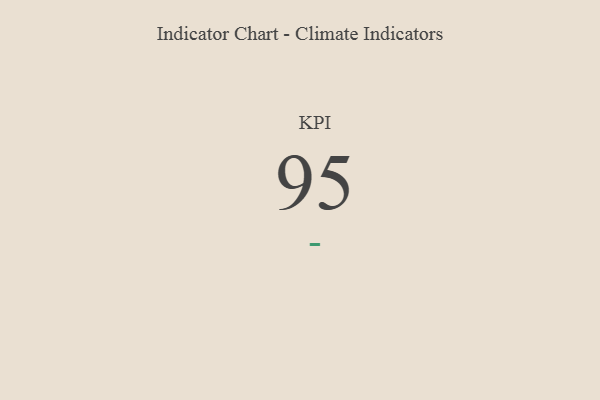
{"axis": {"x": "KPI", "y": "Value"}, "legend": [""], "data": [{"x": "KPI", "y": 95, "type": ""}]}